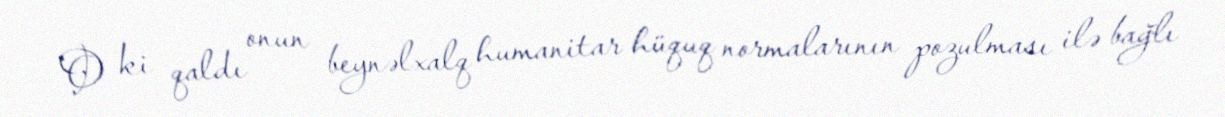
O ki qaldı onun beynəlxalq humanitar hüquq normalarının pozulması ilə bağlı